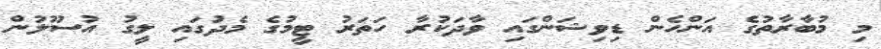
މި މުބާރާތުގެ އަންހެން ޑިވިޝަންގައި ވާދަކުރާ ހަތަރު ޓީމުގެ މެދުގައި ލީގު އުސޫލުން